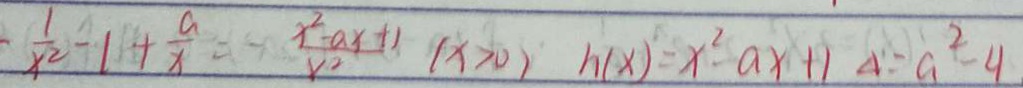
\frac { 1 } { x ^ { 2 } } - 1 + \frac { a } { x } \frac { x ^ { 2 } - a x + 1 } { x ^ { 2 } } ( x > 0 ) h ( x ) = x ^ { 2 } - a x + 1 \Delta = a ^ { 2 } - 4